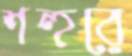
শহুরে